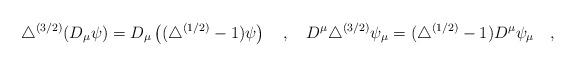
LaTeX: \begin{align*}\triangle^{(3/2)}(D_\mu \psi)=D_\mu\left((\triangle^{(1/2)}- 1)\psi\right)~~~,~~~D^\mu\triangle^{(3/2)}\psi_\mu=(\triangle^{(1/2)}- 1)D^\mu\psi_\mu~~~,\end{align*}